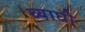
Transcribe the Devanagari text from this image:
व्याघी